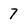
Character: 7